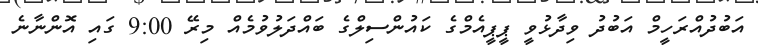
އަބުދުއްރަހީމް އަބުދު ވިދާޅުވީ ޕީޕީއެމްގެ ކައުންސިލްގެ ބައްދަލުވުމެއް މިރޭ 9:00 ގައި އޮންނާނެ